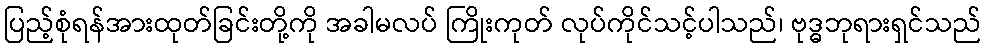
ပြည့်စုံရန်အားထုတ်ခြင်းတို့ကို အခါမလပ် ကြိုးကုတ် လုပ်ကိုင်သင့်ပါသည်၊ ဗုဒ္ဓဘုရားရှင်သည်